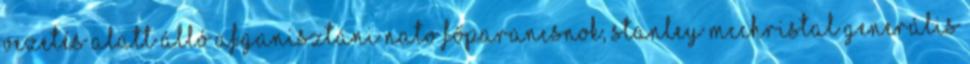
vezetés alatt álló afganisztáni NATO főparancsnok, Stanley McChristal generális